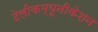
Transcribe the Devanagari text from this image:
टेलीकम्यूनीकेशन